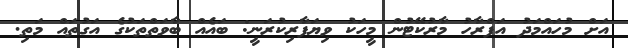
އަށް މުހައްމަދު އަފްރާހު މާރުކޭޓުން މީހަކު ވިޔަފާރިކުރަނީ: ބައެއް ބާވަތްތަކުގެ އަގުތައް މަތި.